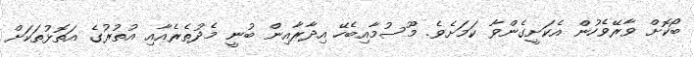
ބޯކޮށް ވާރޭވެހުން އެކަށީގެންވާ ކަމަށެވެ. މޫސުމާއިބެހޭ އިދާރާއިން ބުނީ މެދުތެރެއާއި އުތުރުގެ އަތޮޅުތަކަށް